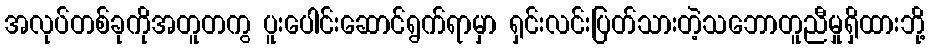
အလုပ်တစ်ခုကိုအတူတကွ ပူးပေါင်းဆောင်ရွက်ရာမှာ ရှင်းလင်းပြတ်သားတဲ့သဘောတူညီမှုရှိထားဘို့